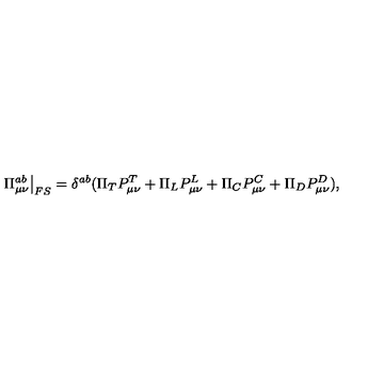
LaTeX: \left. \Pi _ { \mu \nu } ^ { a b } \right| _ { F S } = \delta ^ { a b } ( \Pi _ { T } P _ { \mu \nu } ^ { T } + \Pi _ { L } P _ { \mu \nu } ^ { L } + \Pi _ { C } P _ { \mu \nu } ^ { C } + \Pi _ { D } P _ { \mu \nu } ^ { D } ) ,